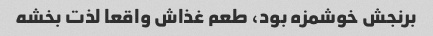
برنجش خوشمزه بود، طعم غذاش واقعا لذت بخشه